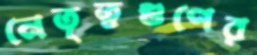
নেতৃত্বগুণের